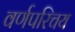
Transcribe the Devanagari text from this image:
वर्णपरिचय